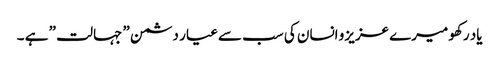
یاد رکھو میرے عزیزو انسان کی سب سے عیار دشمن ” جہالت ” ہے ۔